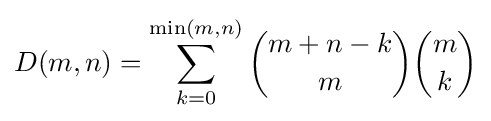
D(m,n)=\sum _{k=0}^{\min(m,n)}{\binom {m+n-k}{m}}{\binom {m}{k}}